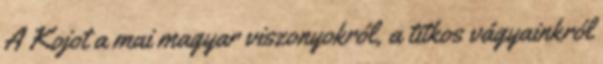
A Kojot a mai magyar viszonyokról, a titkos vágyainkról